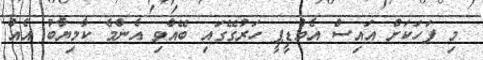
މި ފަހަކަށް އައިސް އެމްޑީޕީ ހަރުގޭގައި ބޭއްވި އެންމެ ކާމިޔާބު އެއް